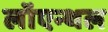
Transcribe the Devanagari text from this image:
लॉएन्थल